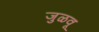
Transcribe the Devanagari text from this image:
जुळवू